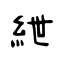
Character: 紲